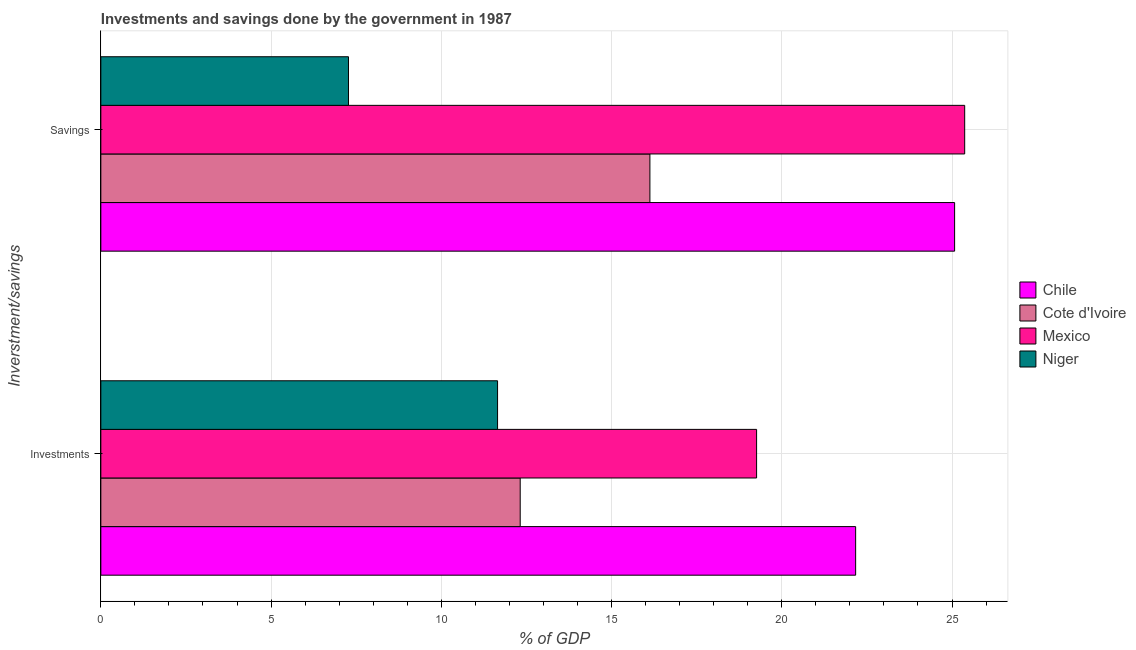
| Inverstment/savings | Chile | Cote d'Ivoire | Mexico | Niger |
 | --- | --- | --- | --- | --- |
 | Investments | 22.2 | 12.3 | 19.3 | 11.7 |
 | Savings | 25.1 | 16.1 | 25.4 | 7.27 |